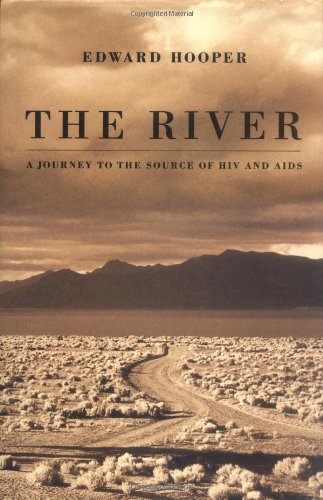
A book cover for The River : A Journey to the Source of HIV and AIDS; Edward Hooper; Health, Fitness & Dieting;